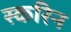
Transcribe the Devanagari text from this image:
स्करिन